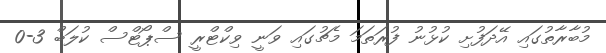
މުބާރާތުގައި އޭދަފުށި ކުޅުނު ފުރަތަމަ މެޗުގައި ވަނީ ވިކްޓްރީ ސްޕޯޓްސް ކުލަބް 3-0